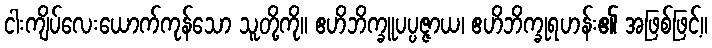
ငါးကျိပ်လေးယောက်ကုန်သော သူတို့ကို။ ဧဟိဘိက္ခူပပ္ပဇ္ဇာယ၊ ဧဟိဘိက္ခုရဟန်း၏ အဖြစ်ဖြင့်။